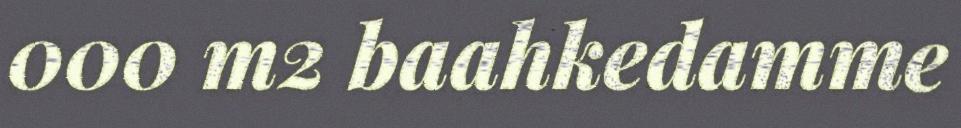
000 m2 baahkedamme